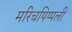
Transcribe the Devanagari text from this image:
मरिचपिप्पली